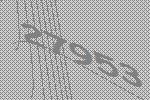
27953